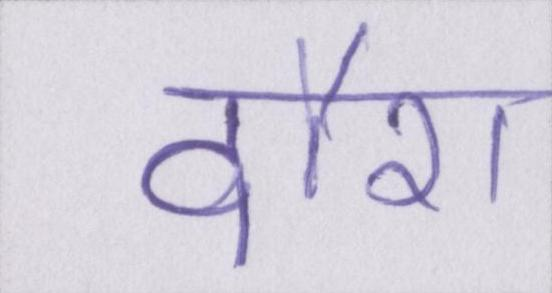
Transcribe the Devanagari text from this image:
दौरा